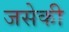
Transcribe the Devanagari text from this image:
जसेकी